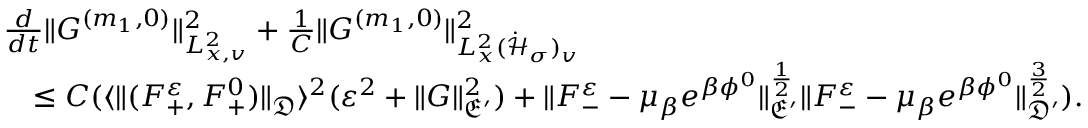
\begin{array} { r l } & { \frac { d } { d t } \| G ^ { ( m _ { 1 } , 0 ) } \| _ { L _ { x , v } ^ { 2 } } ^ { 2 } + \frac { 1 } { C } \| G ^ { ( m _ { 1 } , 0 ) } \| _ { L _ { x } ^ { 2 } ( \dot { \mathcal H } _ { \sigma } ) _ { v } } ^ { 2 } } \\ & { \quad \leq C ( \langle \| ( F _ { + } ^ { \varepsilon } , F _ { + } ^ { 0 } ) \| _ { \mathfrak D } \rangle ^ { 2 } ( \varepsilon ^ { 2 } + \| G \| _ { \mathfrak E ^ { \prime } } ^ { 2 } ) + \| F _ { - } ^ { \varepsilon } - \mu _ { \beta } e ^ { \beta \phi ^ { 0 } } \| _ { \mathfrak E ^ { \prime } } ^ { \frac { 1 } { 2 } } \| F _ { - } ^ { \varepsilon } - \mu _ { \beta } e ^ { \beta \phi ^ { 0 } } \| _ { \mathfrak D ^ { \prime } } ^ { \frac { 3 } { 2 } } ) . } \end{array}